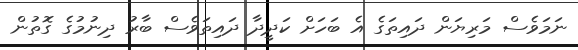
ނަމަވެސް މަރިޔަން ދައިތަގެ އެ ބަހަށް ކަދީދާ ދައިތަވެސް ބާރު ދިނުމުގެ ގޮތުން